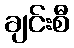
ချင်းစီ